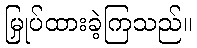
မြှုပ်ထားခဲ့ကြသည်။